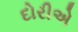
દોરીએ